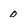
Character: o